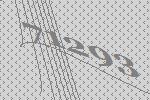
71293